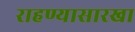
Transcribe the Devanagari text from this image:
राहण्यासारखा